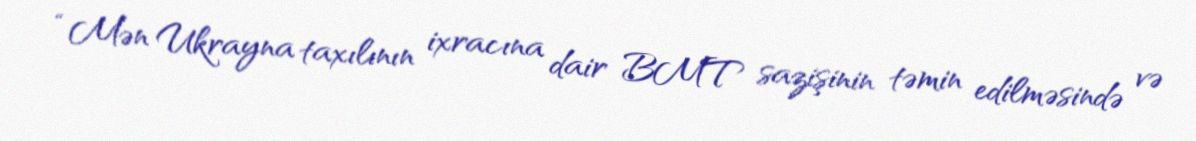
“Mən Ukrayna taxılının ixracına dair BMT sazişinin təmin edilməsində və